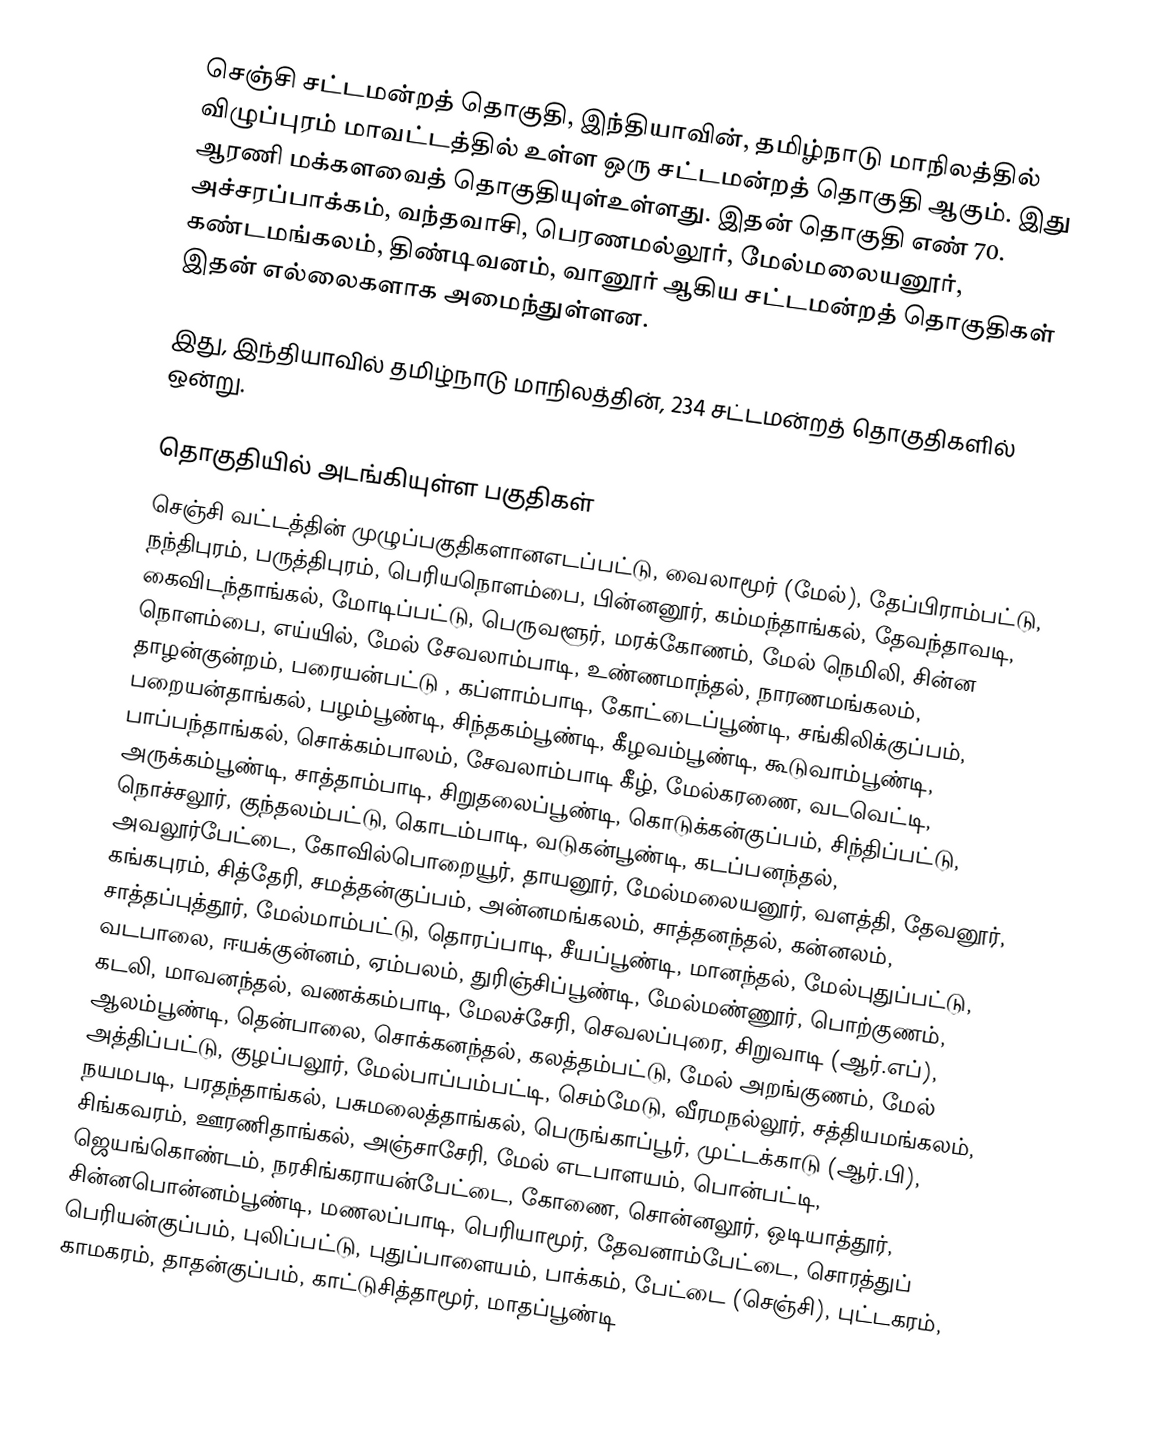
செஞ்சி சட்டமன்றத் தொகுதி, இந்தியாவின், தமிழ்நாடு மாநிலத்தில்  விழுப்புரம் மாவட்டத்தில் உள்ள ஒரு சட்டமன்றத் தொகுதி ஆகும். இது ஆரணி மக்களவைத் தொகுதியுள்உள்ளது. இதன் தொகுதி எண் 70. அச்சரப்பாக்கம், வந்தவாசி, பெரணமல்லூர், மேல்மலையனூர், கண்டமங்கலம், திண்டிவனம், வானூர் ஆகிய சட்டமன்றத் தொகுதிகள் இதன் எல்லைகளாக அமைந்துள்ளன.

இது, இந்தியாவில் தமிழ்நாடு மாநிலத்தின், 234 சட்டமன்றத் தொகுதிகளில் ஒன்று.

தொகுதியில் அடங்கியுள்ள பகுதிகள்
 செஞ்சி வட்டத்தின் முழுப்பகுதிகளானஎடப்பட்டு, வைலாமூர் (மேல்), தேப்பிராம்பட்டு, நந்திபுரம், பருத்திபுரம், பெரியநொளம்பை, பின்னனூர், கம்மந்தாங்கல், தேவந்தாவடி, கைவிடந்தாங்கல், மோடிப்பட்டு, பெருவளூர், மரக்கோணம், மேல் நெமிலி, சின்ன நொளம்பை, எய்யில், மேல் சேவலாம்பாடி, உண்ணமாந்தல், நாரணமங்கலம், தாழன்குன்றம், பரையன்பட்டு , கப்ளாம்பாடி, கோட்டைப்பூண்டி, சங்கிலிக்குப்பம், பறையன்தாங்கல், பழம்பூண்டி, சிந்தகம்பூண்டி, கீழவம்பூண்டி, கூடுவாம்பூண்டி, பாப்பந்தாங்கல், சொக்கம்பாலம், சேவலாம்பாடி கீழ், மேல்கரணை, வடவெட்டி, அருக்கம்பூண்டி, சாத்தாம்பாடி, சிறுதலைப்பூண்டி, கொடுக்கன்குப்பம், சிந்திப்பட்டு, நொச்சலூர், குந்தலம்பட்டு, கொடம்பாடி, வடுகன்பூண்டி, கடப்பனந்தல், அவலூர்பேட்டை, கோவில்பொறையூர், தாயனூர், மேல்மலையனூர், வளத்தி, தேவனூர், கங்கபுரம், சித்தேரி, சமத்தன்குப்பம், அன்னமங்கலம், சாத்தனந்தல், கன்னலம், சாத்தப்புத்தூர், மேல்மாம்பட்டு, தொரப்பாடி, சீயப்பூண்டி, மானந்தல், மேல்புதுப்பட்டு, வடபாலை, ஈயக்குன்னம், ஏம்பலம், துரிஞ்சிப்பூண்டி, மேல்மண்ணூர், பொற்குணம், கடலி, மாவனந்தல், வணக்கம்பாடி, மேலச்சேரி, செவலப்புரை, சிறுவாடி (ஆர்.எப்), ஆலம்பூண்டி, தென்பாலை, சொக்கனந்தல், கலத்தம்பட்டு, மேல் அறங்குணம், மேல் அத்திப்பட்டு, குழப்பலூர், மேல்பாப்பம்பட்டி, செம்மேடு, வீரமநல்லூர், சத்தியமங்கலம், நயமபடி, பரதந்தாங்கல், பசுமலைத்தாங்கல், பெருங்காப்பூர், முட்டக்காடு (ஆர்.பி), சிங்கவரம், ஊரணிதாங்கல், அஞ்சாசேரி, மேல் எடபாளயம், பொன்பட்டி, ஜெயங்கொண்டம், நரசிங்கராயன்பேட்டை, கோணை, சொன்னலூர், ஒடியாத்தூர், சின்னபொன்னம்பூண்டி, மணலப்பாடி, பெரியாமூர், தேவனாம்பேட்டை, சொரத்துப் பெரியன்குப்பம், புலிப்பட்டு, புதுப்பாளையம், பாக்கம், பேட்டை (செஞ்சி), புட்டகரம், காமகரம், தாதன்குப்பம், காட்டுசித்தாமூர், மாதப்பூண்டி